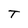
Character: T